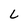
Character: L